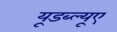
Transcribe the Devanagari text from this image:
यूडब्ल्यूए